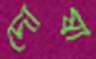
দোষী